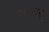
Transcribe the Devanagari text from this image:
बनगर्